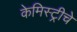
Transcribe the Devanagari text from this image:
केमिस्ट्रीचे